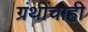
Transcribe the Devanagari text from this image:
ग्रंथींचाही